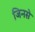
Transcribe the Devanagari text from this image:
जिनसे